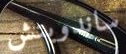
ساندويتش